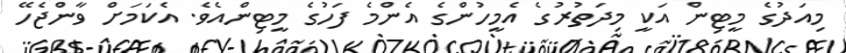
މިއަދުގެ މީޓިން އަކީ މިދަތުރުގެ އެމީހުންގެ އެންމެ ފަހުގެ މީޓިންއެވެ. އެކަމަށް ވާންޖެހޭ